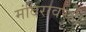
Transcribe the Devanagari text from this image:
मंदिरावरही